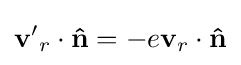
\mathbf {v'} _{r}\cdot \mathbf {\hat {n}} =-e\mathbf {v} _{r}\cdot \mathbf {\hat {n}}